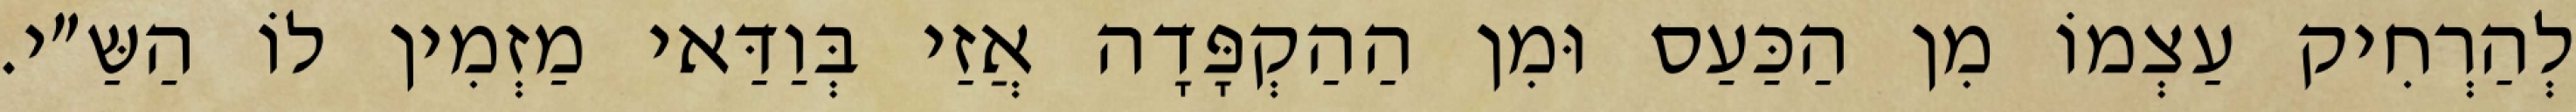
לְהַרְחִיק עַצְמוֹ מִן הַכַּעַס וּמִן הַהַקְפָּדָה אֲזַי בְּוַדַּאי מַזְמִין לוֹ הַשַּ״י.